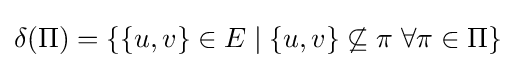
\delta (\Pi )=\{\{u,v\}\in E\mid \{u,v\}\not \subseteq \pi \;\forall \pi \in \Pi \}